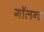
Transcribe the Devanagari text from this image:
गॉलन्ड